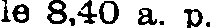
le 8,40 a. p.